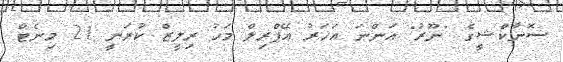
ސޮނާކްޝީގެ "ނޫރު" އަންނަ އަހަރު އޭޕްރިލް މަހު ރިލީޒް ކުރަނީ 21 މިނެޓް